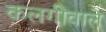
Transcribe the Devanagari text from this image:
कलगीवाले